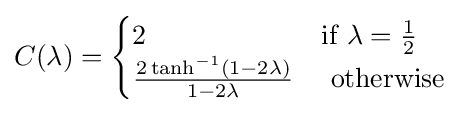
C(\lambda )={\begin{cases}2&{\text{if }}\lambda ={\frac {1}{2}}\\{\frac {2\tanh ^{-1}(1-2\lambda )}{1-2\lambda }}&{\text{ otherwise}}\end{cases}}